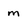
Character: m